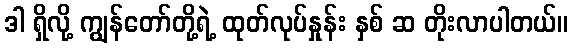
ဒါ ရှိလို့ ကျွန်တော်တို့ရဲ့ ထုတ်လုပ်နှုန်း နှစ် ဆ တိုးလာပါတယ်။